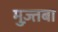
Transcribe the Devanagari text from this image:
मुज़्तबा